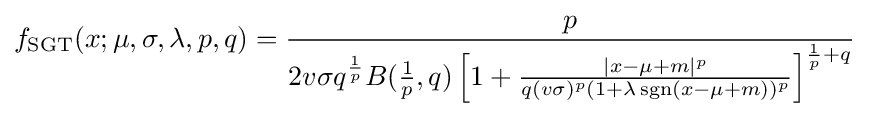
f_{\text{SGT}}(x;\mu ,\sigma ,\lambda ,p,q)={\frac {p}{2v\sigma q^{\frac {1}{p}}B({\frac {1}{p}},q)\left[1+{\frac {|x-\mu +m|^{p}}{q(v\sigma )^{p}(1+\lambda \operatorname {sgn}(x-\mu +m))^{p}}}\right]^{{\frac {1}{p}}+q}}}